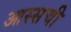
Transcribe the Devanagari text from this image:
आस्सची